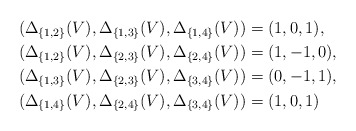
\begin{align*}&(\Delta_{\{1,2\}}(V) , \Delta_{\{1,3\}}(V) , \Delta_{\{1,4\}}(V)) = (1 , 0 , 1), \\&(\Delta_{\{1,2\}}(V) , \Delta_{\{2,3\}}(V) , \Delta_{\{2,4\}}(V)) = (1 , -1 , 0), \\&(\Delta_{\{1,3\}}(V) , \Delta_{\{2,3\}}(V) , \Delta_{\{3,4\}}(V)) = (0 , -1 , 1), \\&(\Delta_{\{1,4\}}(V) , \Delta_{\{2,4\}}(V) , \Delta_{\{3,4\}}(V)) = (1 , 0 , 1)\end{align*}